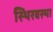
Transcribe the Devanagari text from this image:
स्थिरवस्था